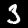
Digit: 3